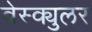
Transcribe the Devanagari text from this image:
वेस्क्युलर